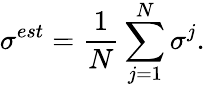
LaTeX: \sigma^{est}=\frac{1}{N}\sum_{j=1}^{N}\sigma^{j}.